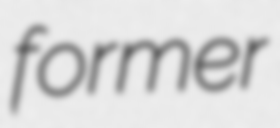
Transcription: former